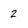
Character: 2